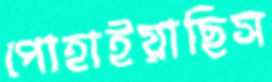
পোহাইয়াছিস